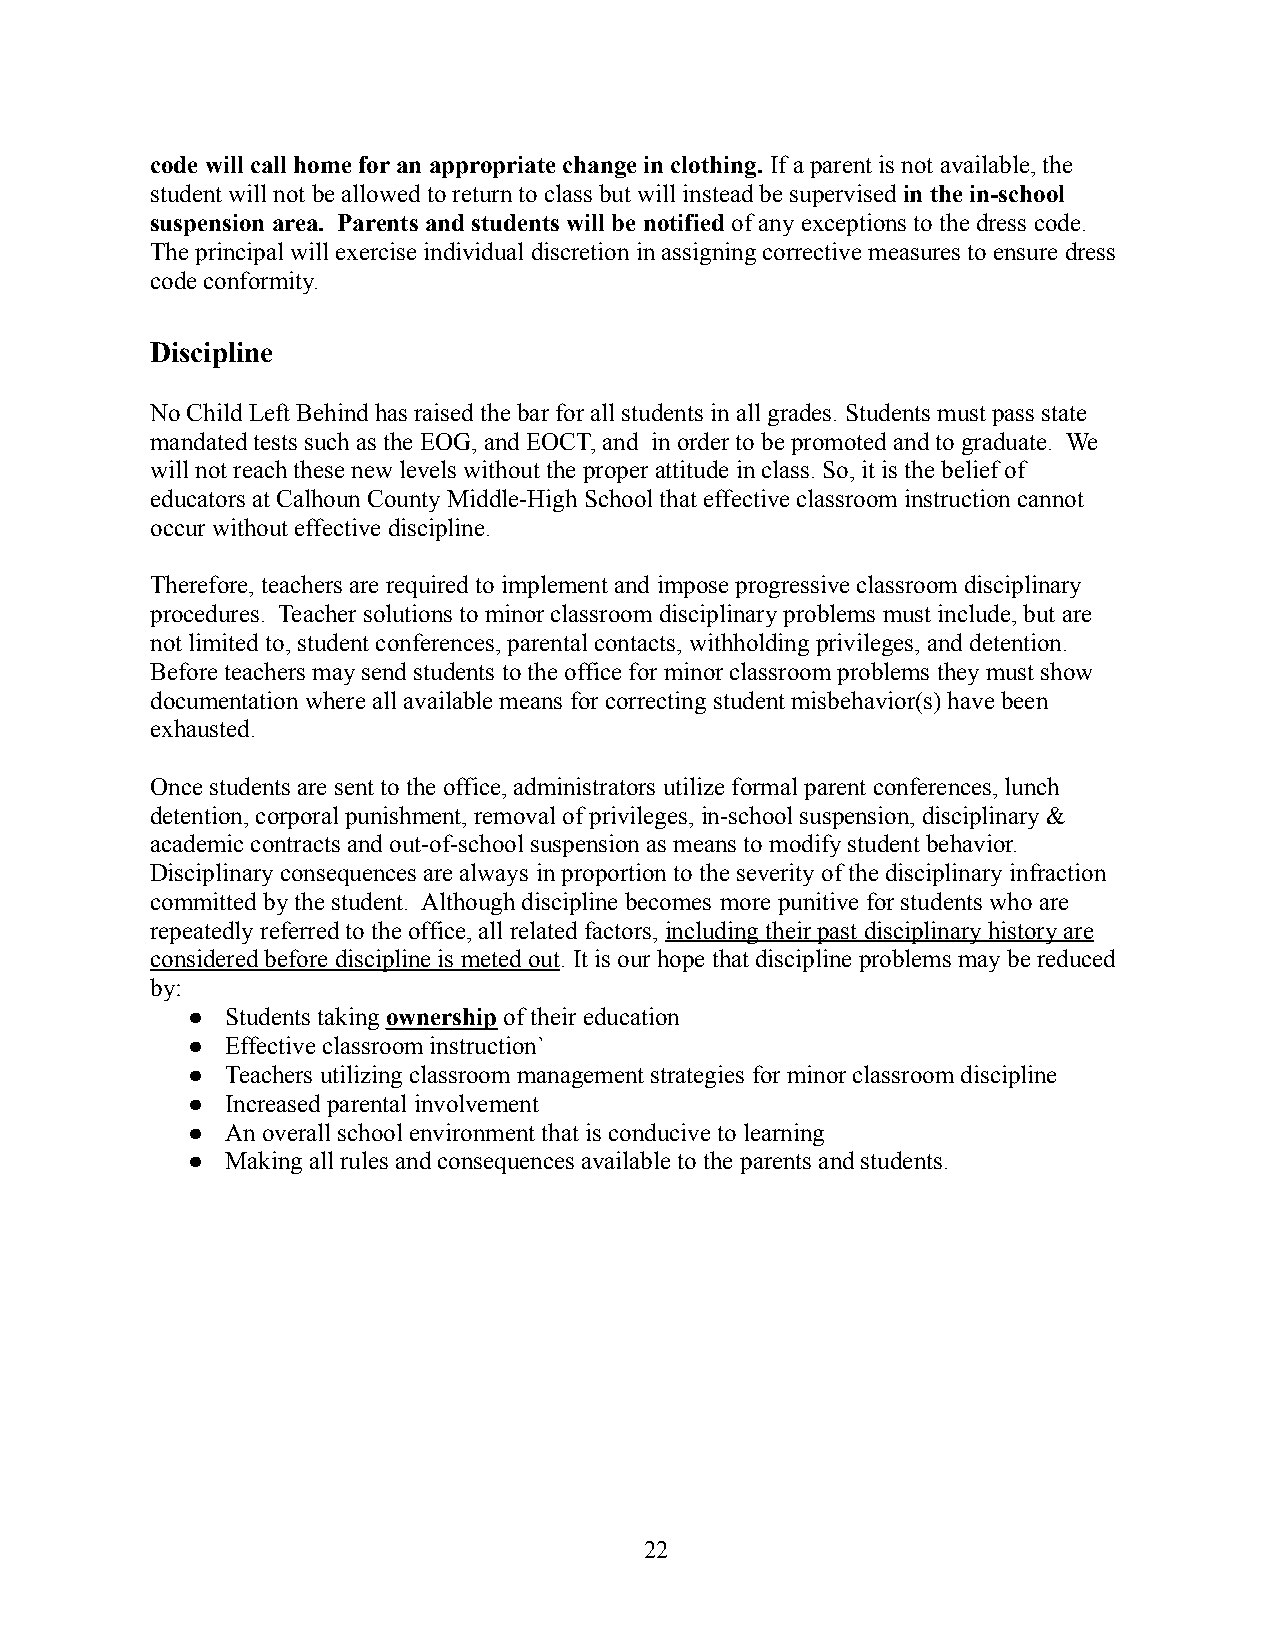
code will call home for an appropriate change in clothing. If a parent is not available, the
 student will not be allowed to return to class butwill instead be supervised in the in-school
 suspension area. Parents and students will be notifiedof any exceptions to the dress code.
 The principal will exercise individual discretion in assigning corrective measures to ensure dress
 code conformity.
 Discipline
 No Child Left Behind has raised the bar for all students in all grades. Students must pass state
 mandated tests such as the EOG, and EOCT, and in order to be promoted and to graduate. We
 will not reach these new levels without the proper attitude in class. So, it is the belief of
 educators at Calhoun County Middle-High School that effective classroom instruction cannot
 occur without effective discipline.
 Therefore, teachers are required to implement andimpose progressive classroom disciplinary
 procedures. Teacher solutions to minor classroom disciplinary problems must include, but are
 not limited to, student conferences, parental contacts, withholding privileges, and detention.
 Before teachers may send students to the office for minor classroom problems they must show
 documentation where all available means for correctingstudent misbehavior(s) have been
 exhausted.
 Once students are sent to the office, administrators utilize formal parent conferences, lunch
 detention, corporal punishment, removal of privileges,in-school suspension, disciplinary &
 academic contracts and out-of-school suspension asmeans to modify student behavior.
 Disciplinary consequences are always in proportionto the severity of the disciplinary infraction
 committed by the student. Although discipline becomes more punitive for students who are
 repeatedly referred to the office, all related factors, including their past disciplinary history are
 considered before discipline is meted out. It is our hope that discipline problems may be reduced
 by:
 ●  Students takingownership of their education
 ●  Effective classroom instruction`
 ●  Teachers utilizing classroom management strategies for minor classroom discipline
 ●  Increased parental involvement
 ●  An overall school environment that is conducive tolearning
 ●  Making all rules and consequences available to theparents and students.
 22